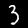
Label: 3